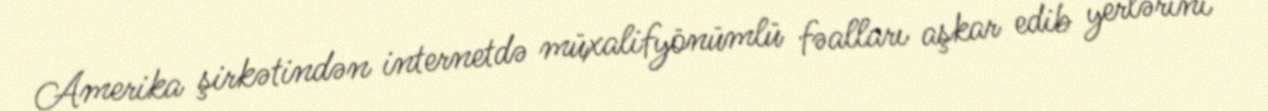
Amerika şirkətindən internetdə müxalifyönümlü fəalları aşkar edib yerlərini